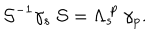
LaTeX: { \cal S } ^ { - 1 } \gamma _ { s } ~ { \cal S } = \Lambda _ { s } ^ { ~ p } ~ \gamma _ { p } .